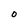
Character: O